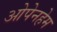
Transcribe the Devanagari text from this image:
ओपेनहेम